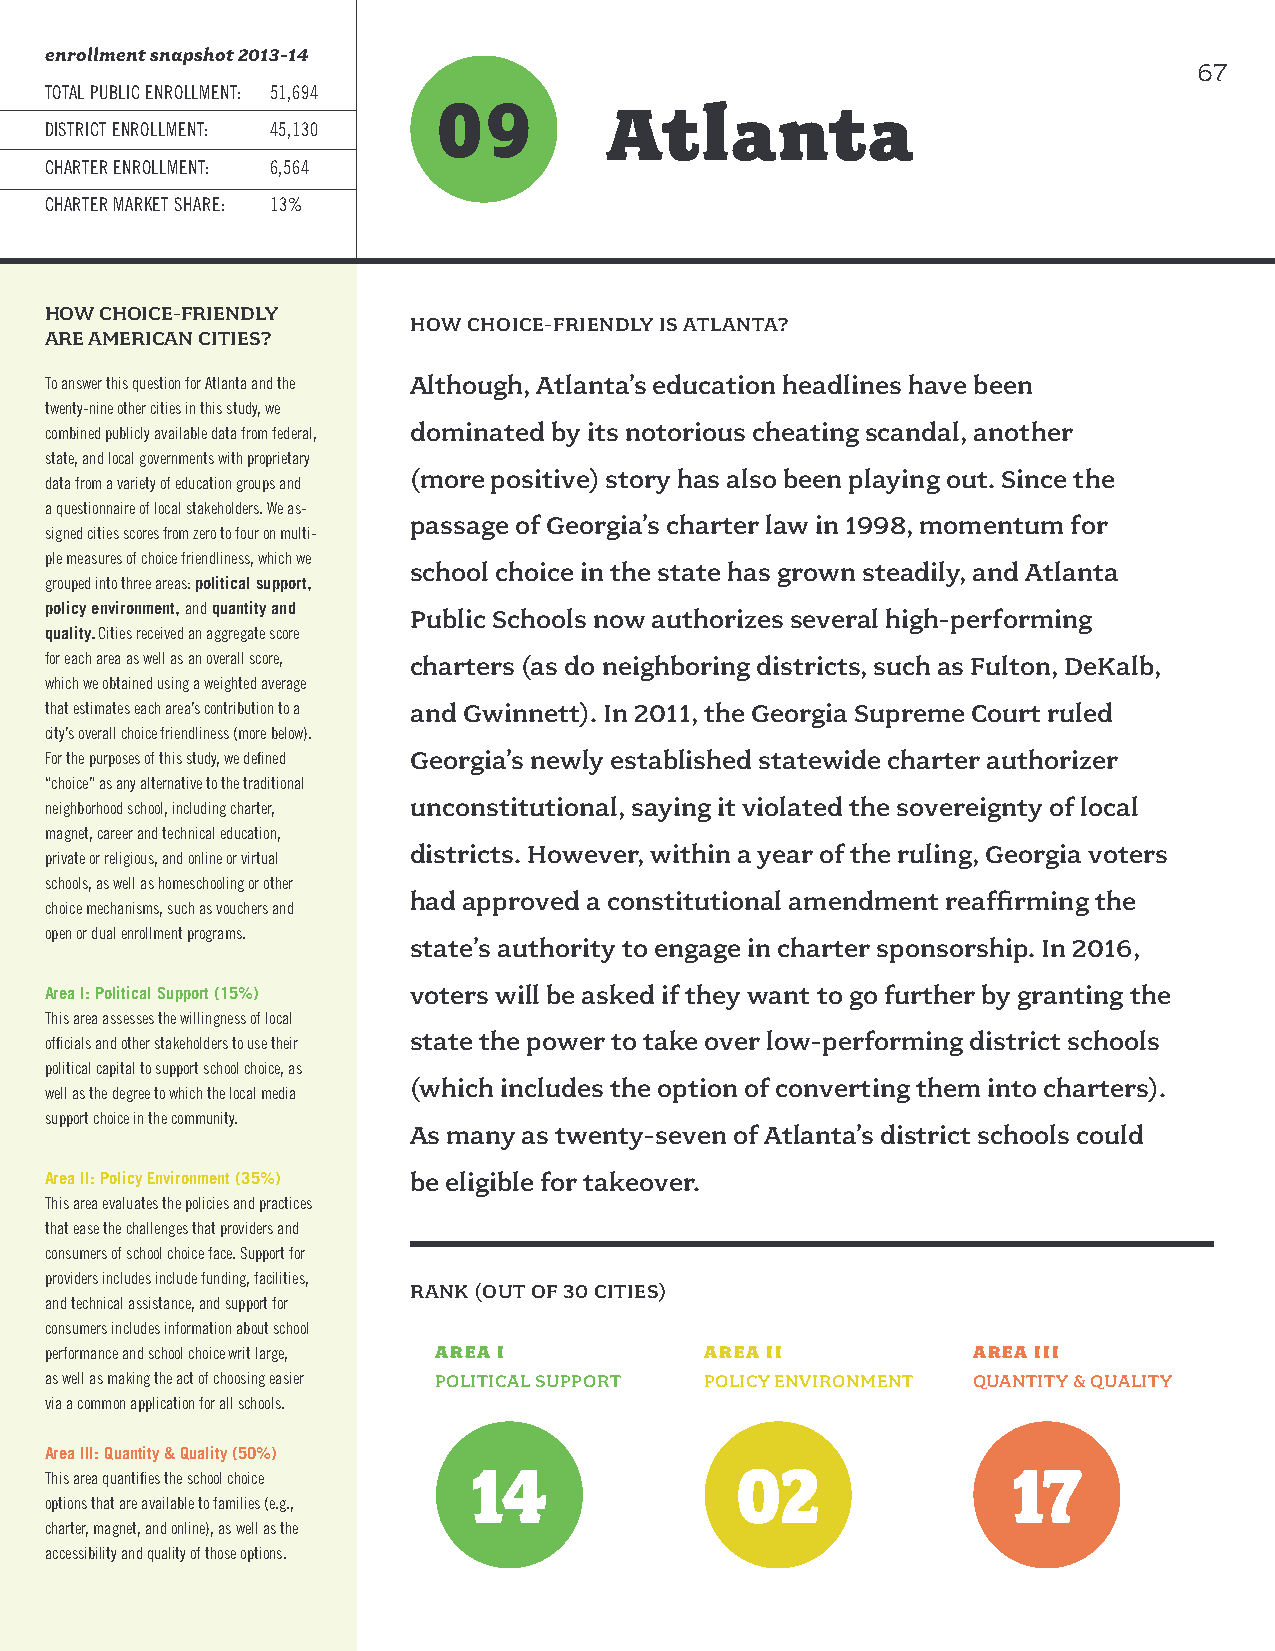
enrollment snapshot 2013-14
 67
 TOTAL PUBLIC ENROLLMENT: 51,694
 09
 Atlanta
 DISTRICT ENROLLMENT: 45,130
 CHARTER ENROLLMENT: 6,564
 CHARTER MARKET SHARE: 13%
 HOW CHOICE-FRIENDLY
 HOW CHOICE-FRIENDLY IS ATLANTA?
 ARE AMERICAN CITIES?
 To answer this question for Atlanta and the Although, Atlanta’s education headlines have been
 twenty-nine other cities in this study, we
 combined publicly available data from federal, dominated by its notorious cheating scandal, another
 state, and local governments with proprietary
 (more positive) story has also been playing out. Since the
 data from a variety of education groups and
 a questionnaire of local stakeholders. We as-
 passage of Georgia’s charter law in 1998, momentum for
 signed cities scores from zero to four on multi-
 ple measures of choice friendliness, which we
 school choice in the state has grown steadily, and Atlanta
 grouped into three areas: political support,
 policy environment, and quantity and
 Public Schools now authorizes several high-performing
 quality. Cities received an aggregate score
 for each area as well as an overall score, charters (as do neighboring districts, such as Fulton, DeKalb,
 which we obtained using a weighted average
 that estimates each area’s contribution to a and Gwinnett). In 2011, the Georgia Supreme Court ruled
 city’s overall choice friendliness (more below).
 For the purposes of this study, we defined Georgia’s newly established statewide charter authorizer
 “choice” as any alternative to the traditional
 neighborhood school, including charter, unconstitutional, saying it violated the sovereignty of local
 magnet, career and technical education,
 districts. However, within a year of the ruling, Georgia voters
 private or religious, and online or virtual
 schools, as well as homeschooling or other
 had approved a constitutional amendment reaffirming the
 choice mechanisms, such as vouchers and
 open or dual enrollment programs.
 state’s authority to engage in charter sponsorship. In 2016,
 Area I: Political Support (15%) voters will be asked if they want to go further by granting the
 This area assesses the willingness of local
 state the power to take over low-performing district schools
 officials and other stakeholders to use their
 political capital to support school choice, as
 (which includes the option of converting them into charters).
 well as the degree to which the local media
 support choice in the community.
 As many as twenty-seven of Atlanta’s district schools could
 Area II: Policy Environment (35%) be eligible for takeover.
 This area evaluates the policies and practices
 that ease the challenges that providers and
 consumers of school choice face. Support for
 providers includes include funding, facilities,
 RANK (OUT OF 30 CITIES)
 and technical assistance, and support for
 consumers includes information about school
 performance and school choice writ large, AREA I AREA II     AREA III
 as well as making the act of choosing easier POLITICAL SUPPORT POLICY ENVIRONMENT QUANTITY & QUALITY
 via a common application for all schools.
 Area III: Quantity & Quality (50%)
 14                02                17
 This area quantifies the school choice
 options that are available to families (e.g.,
 charter, magnet, and online), as well as the
 accessibility and quality of those options.